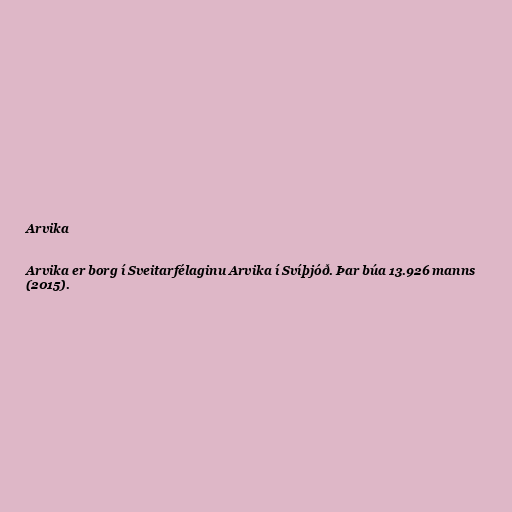
Arvika

Arvika er borg í Sveitarfélaginu Arvika í Svíþjóð. Þar búa 13.926 manns
(2015).